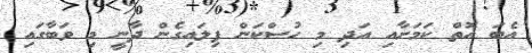
އެބަ އޮތް ކަމަށާއި އަދި މި ހުސްކަން ފިލައިގެން ދާނީ މި ވަބާގައި